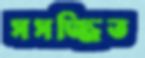
সসজ্জিত